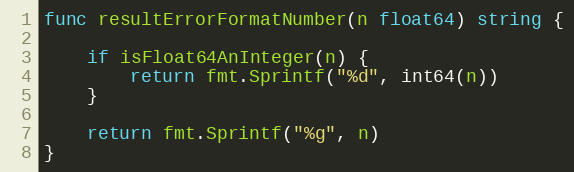
Language: Go
func resultErrorFormatNumber(n float64) string {

	if isFloat64AnInteger(n) {
		return fmt.Sprintf("%d", int64(n))
	}

	return fmt.Sprintf("%g", n)
}